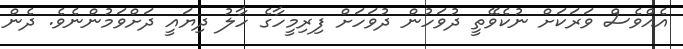
އެއްވެސް ވަރަކަށް ނުކެވޭތީ ދުވަހުން ދުވަހަށް ފިރިމީހާގެ ހާލު ދިޔައީ ދަށްވަމުންނެވެ. ދެން